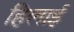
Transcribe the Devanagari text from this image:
हिलाई